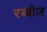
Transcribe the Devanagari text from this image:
रब्बीज़